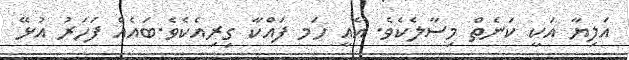
އަލިޔާ އަކީ ކަނެތް މިސާލެކެވެ. އެއީ ހަމ ފައްކާ ގިރިއެކެވެ.ބައެއް ފަހަރު އުޅޭ